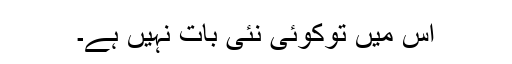
اس میں توکوئی نئی بات نہیں ہے۔